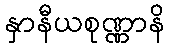
နှာနီယစုဏ္ဏာနိ